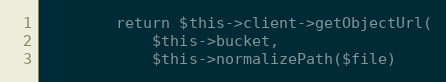
Language: PHP
        return $this->client->getObjectUrl(
            $this->bucket,
            $this->normalizePath($file)